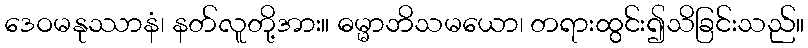
ဒေဝမနုဿာနံ၊ နတ်လူတို့အား။ ဓမ္မာဘိသမယော၊ တရားထွင်း၍သိခြင်းသည်။